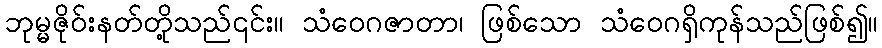
ဘုမ္မဇိုဝ်းနတ်တို့သည်၎င်း။ သံဝေဂဇာတာ၊ ဖြစ်သော သံဝေဂရှိကုန်သည်ဖြစ်၍။